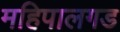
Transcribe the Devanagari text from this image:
महिपालगड